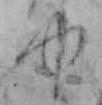
ゆ